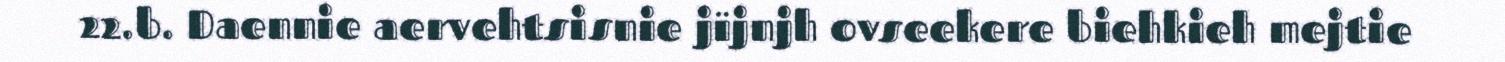
22.b. Daennie aervehtsisnie jïjnjh ovseekere biehkieh mejtie